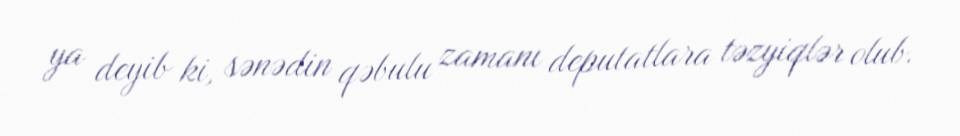
ya deyib ki, sənədin qəbulu zamanı deputatlara təzyiqlər olub.